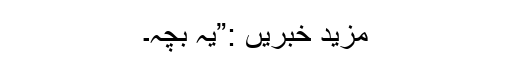
مزید خبریں :”یہ بچہ۔